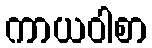
ကာယဝါစာ